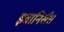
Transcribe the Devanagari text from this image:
इवानिसैंस